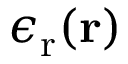
\epsilon _ { \mathrm { r } } ( \mathbf { r } )